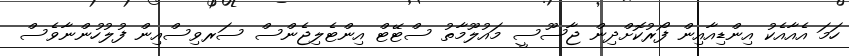
ހަމަ އެއާއެކު އިންޑިއާއިން ފޯރުކޮށްދިން ޖާސޫސީ މައުލޫމާތު ސްޓޭޓް އިންޓެލިޖެންސް ސަރވިސްއިން ފުލުހުންނާވެސް